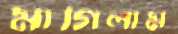
মাগিলাম